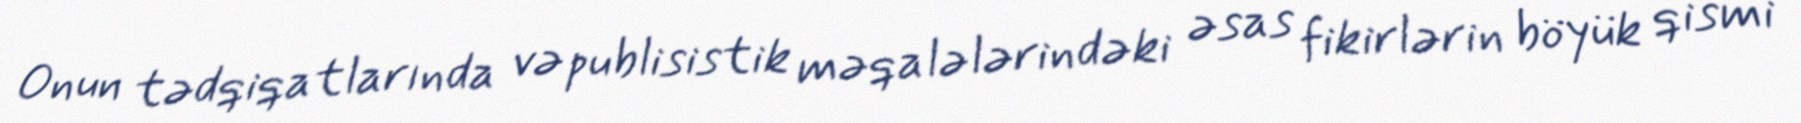
Onun tədqiqatlarında və publisistik məqalələrindəki əsas fikirlərin böyük qismi